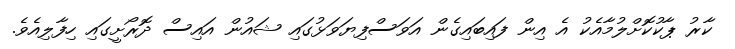
ކާރު ޕާކުކޮށްލުމާއެކު އެ އިން ފައިބައިގެން އަވަސްފިޔަވަޅުގައި ޝައުން އައިސް ދޮރޯށީގައި ހިފާލިއެވެ.